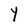
Character: Y